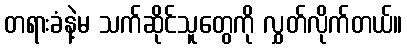
တရားခံနဲ့မ သက်ဆိုင်သူတွေကို လွှတ်လိုက်တယ်။